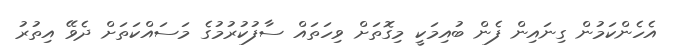
އެހެންކަމުން ގިނައިން ފެން ބުއިމަކީ މިގޮތަށް ވިހަތައް ސާފުކުރުމުގެ މަސައްކަތަށް ދެވޭ އިތުރު